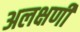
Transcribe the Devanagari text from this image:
अलक्षणी